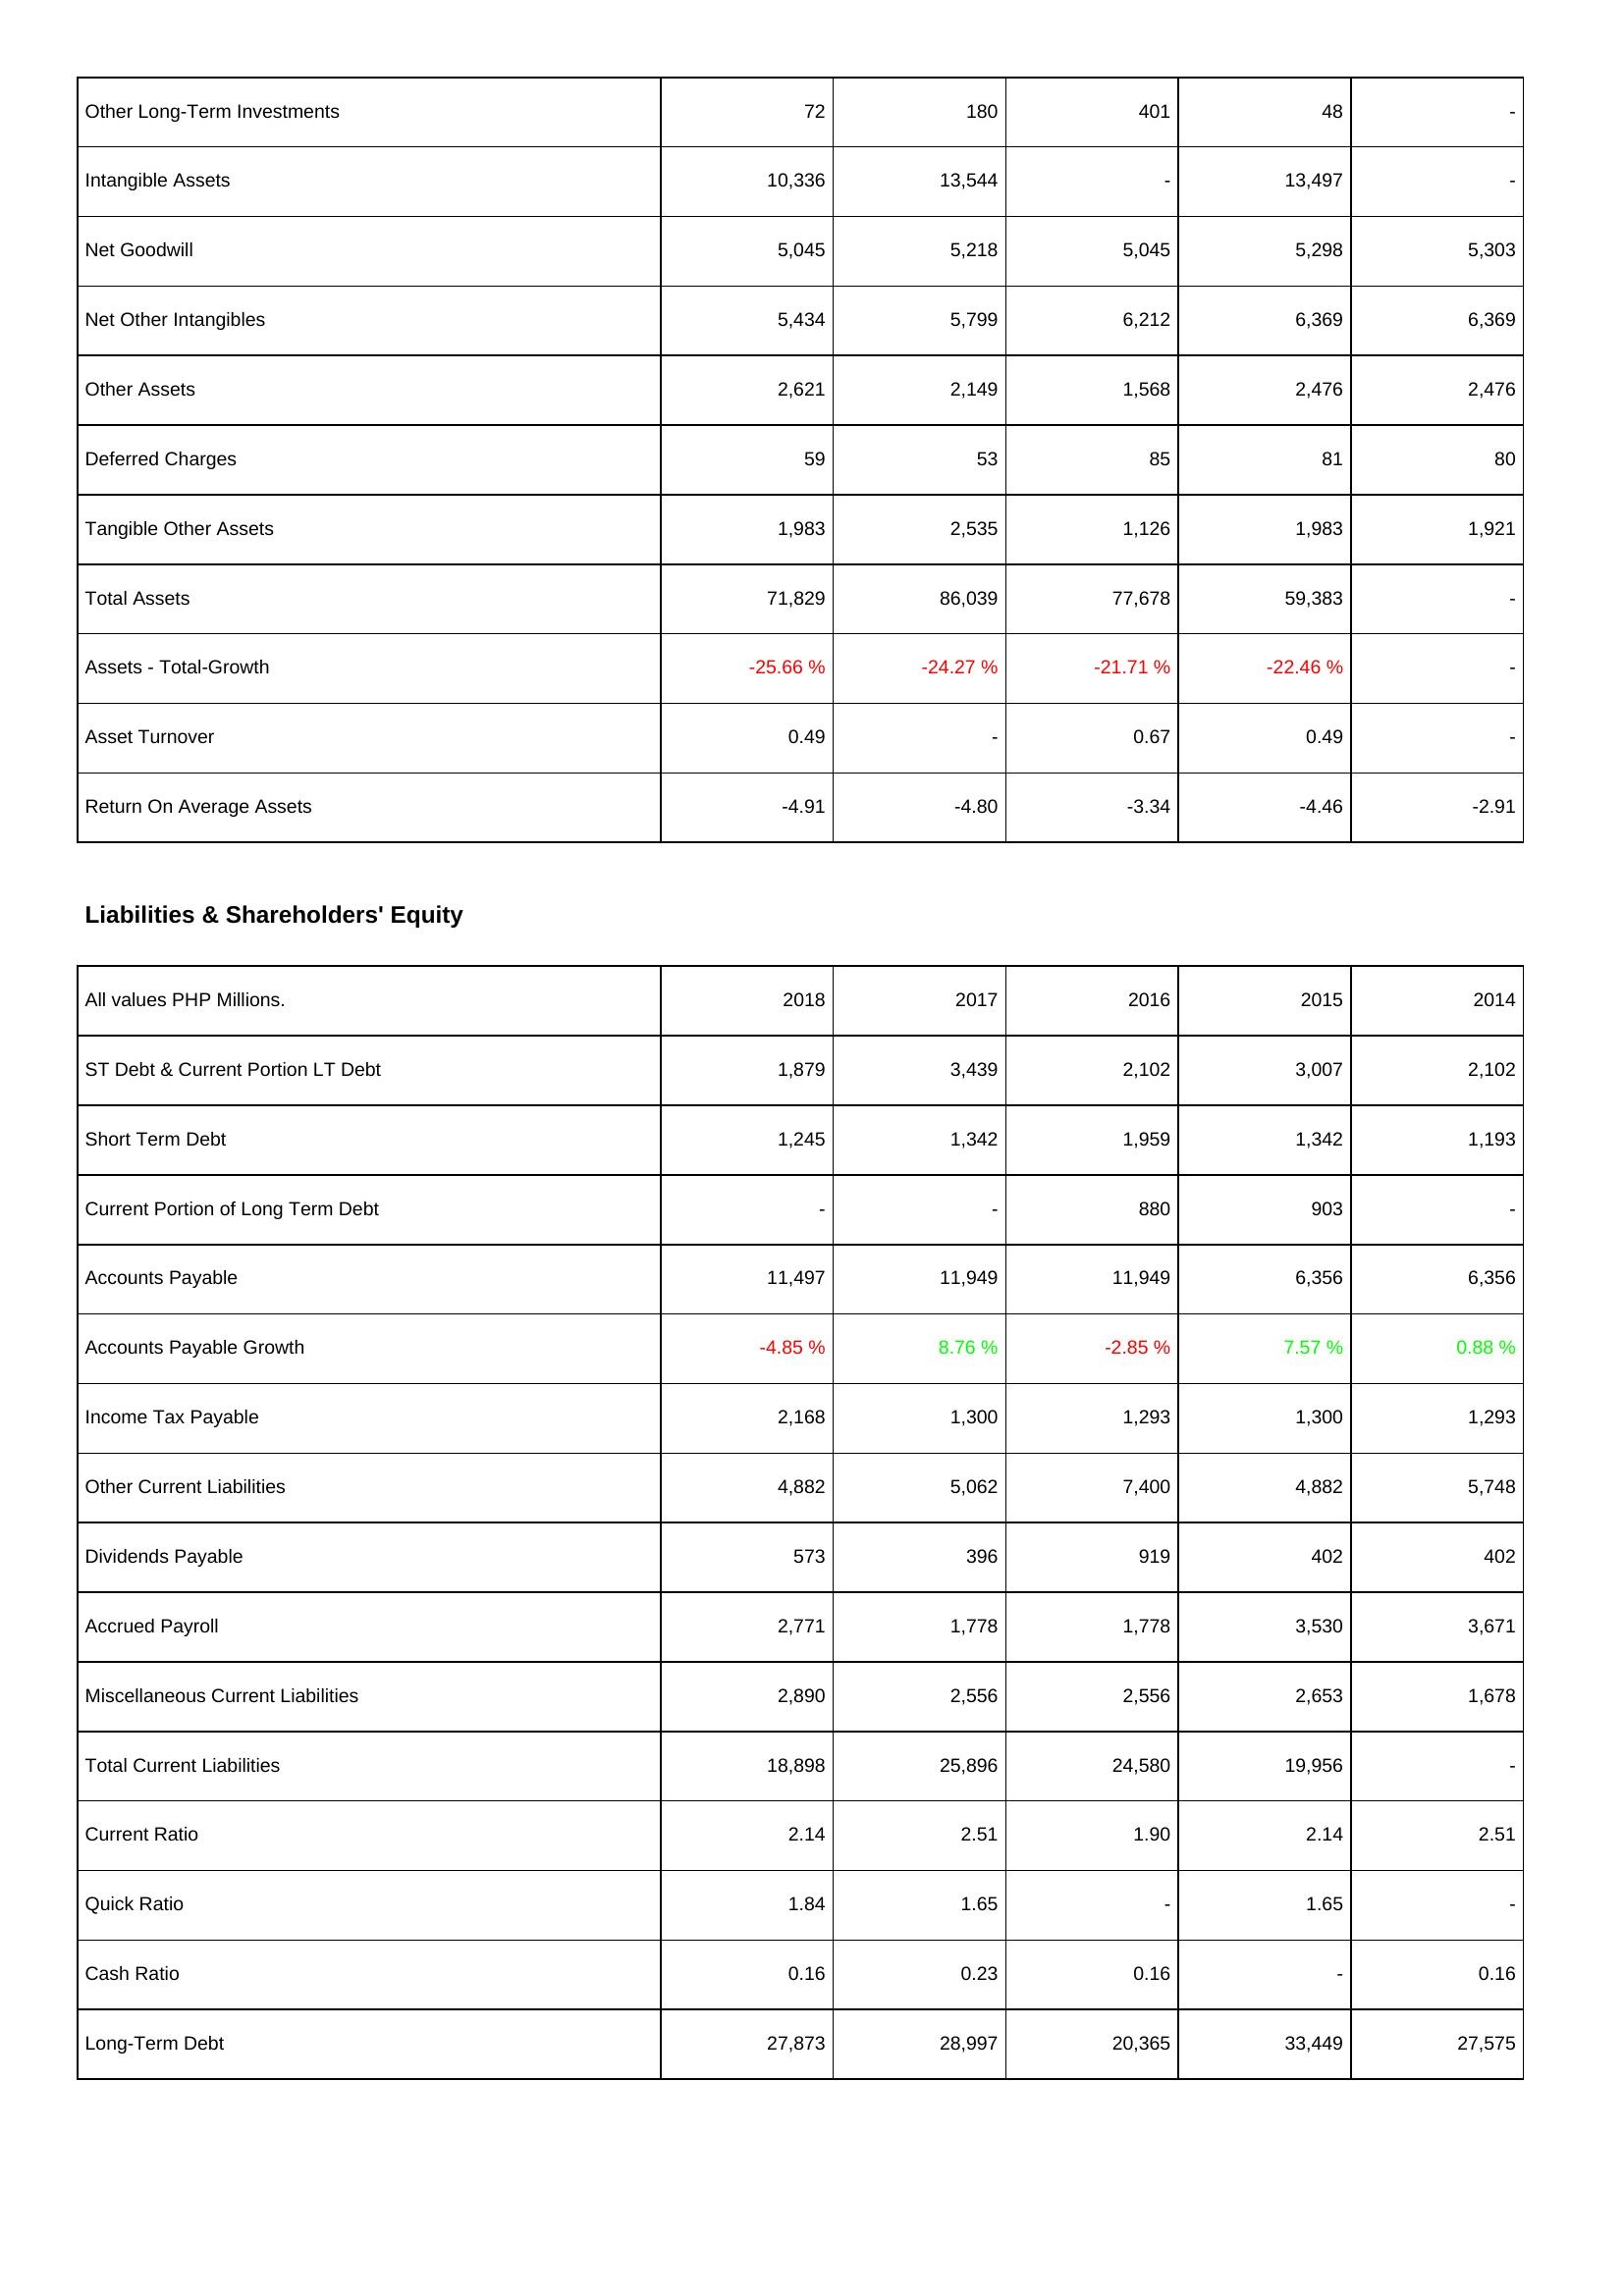
2018: Assets: Other Long-Term Investments: 72
Intangible Assets: 10,336
Net Goodwill: 5,045
Net Other Intangibles: 5,434
Other Assets: 2,621
Deferred Charges: 59
Tangible Other Assets: 1,983
Total Assets: 71,829
Assets - Total-Growth: -25.66 %
Asset Turnover: 0.49
Return On Average Assets: -4.91
Liabilities & Shareholders' Equity: ST Debt & Current Portion LT Debt: 1,879
Short Term Debt: 1,245
Current Portion of Long Term Debt: -
Accounts Payable: 11,497
Accounts Payable Growth: -4.85 %
Income Tax Payable: 2,168
Other Current Liabilities: 4,882
Dividends Payable: 573
Accrued Payroll: 2,771
Miscellaneous Current Liabilities: 2,890
Total Current Liabilities: 18,898
Current Ratio: 2.14
Quick Ratio: 1.84
Cash Ratio: 0.16
Long-Term Debt: 27,873
2017: Assets: Other Long-Term Investments: 180
Intangible Assets: 13,544
Net Goodwill: 5,218
Net Other Intangibles: 5,799
Other Assets: 2,149
Deferred Charges: 53
Tangible Other Assets: 2,535
Total Assets: 86,039
Assets - Total-Growth: -24.27 %
Asset Turnover: -
Return On Average Assets: -4.80
Liabilities & Shareholders' Equity: ST Debt & Current Portion LT Debt: 3,439
Short Term Debt: 1,342
Current Portion of Long Term Debt: -
Accounts Payable: 11,949
Accounts Payable Growth: 8.76 %
Income Tax Payable: 1,300
Other Current Liabilities: 5,062
Dividends Payable: 396
Accrued Payroll: 1,778
Miscellaneous Current Liabilities: 2,556
Total Current Liabilities: 25,896
Current Ratio: 2.51
Quick Ratio: 1.65
Cash Ratio: 0.23
Long-Term Debt: 28,997
2016: Assets: Other Long-Term Investments: 401
Intangible Assets: -
Net Goodwill: 5,045
Net Other Intangibles: 6,212
Other Assets: 1,568
Deferred Charges: 85
Tangible Other Assets: 1,126
Total Assets: 77,678
Assets - Total-Growth: -21.71 %
Asset Turnover: 0.67
Return On Average Assets: -3.34
Liabilities & Shareholders' Equity: ST Debt & Current Portion LT Debt: 2,102
Short Term Debt: 1,959
Current Portion of Long Term Debt: 880
Accounts Payable: 11,949
Accounts Payable Growth: -2.85 %
Income Tax Payable: 1,293
Other Current Liabilities: 7,400
Dividends Payable: 919
Accrued Payroll: 1,778
Miscellaneous Current Liabilities: 2,556
Total Current Liabilities: 24,580
Current Ratio: 1.90
Quick Ratio: -
Cash Ratio: 0.16
Long-Term Debt: 20,365
2015: Assets: Other Long-Term Investments: 48
Intangible Assets: 13,497
Net Goodwill: 5,298
Net Other Intangibles: 6,369
Other Assets: 2,476
Deferred Charges: 81
Tangible Other Assets: 1,983
Total Assets: 59,383
Assets - Total-Growth: -22.46 %
Asset Turnover: 0.49
Return On Average Assets: -4.46
Liabilities & Shareholders' Equity: ST Debt & Current Portion LT Debt: 3,007
Short Term Debt: 1,342
Current Portion of Long Term Debt: 903
Accounts Payable: 6,356
Accounts Payable Growth: 7.57 %
Income Tax Payable: 1,300
Other Current Liabilities: 4,882
Dividends Payable: 402
Accrued Payroll: 3,530
Miscellaneous Current Liabilities: 2,653
Total Current Liabilities: 19,956
Current Ratio: 2.14
Quick Ratio: 1.65
Cash Ratio: -
Long-Term Debt: 33,449
2014: Assets: Other Long-Term Investments: -
Intangible Assets: -
Net Goodwill: 5,303
Net Other Intangibles: 6,369
Other Assets: 2,476
Deferred Charges: 80
Tangible Other Assets: 1,921
Total Assets: -
Assets - Total-Growth: -
Asset Turnover: -
Return On Average Assets: -2.91
Liabilities & Shareholders' Equity: ST Debt & Current Portion LT Debt: 2,102
Short Term Debt: 1,193
Current Portion of Long Term Debt: -
Accounts Payable: 6,356
Accounts Payable Growth: 0.88 %
Income Tax Payable: 1,293
Other Current Liabilities: 5,748
Dividends Payable: 402
Accrued Payroll: 3,671
Miscellaneous Current Liabilities: 1,678
Total Current Liabilities: -
Current Ratio: 2.51
Quick Ratio: -
Cash Ratio: 0.16
Long-Term Debt: 27,575